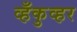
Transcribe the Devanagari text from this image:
व्हँकुव्हर